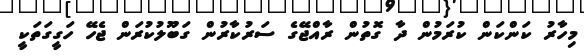
މިހާރު ކަންކަން ކުރަމުން ދާ ގޮތުން ރާއްޖޭގެ ސަރުކާރުން ގަބޫލުކުރަން ޖެހޭ ހަގީގަތަކީ